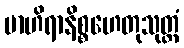
ဗာဟိရာနိစ္စဟေတုသုတ္တံ